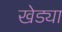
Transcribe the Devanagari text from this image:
खेड्या